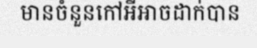
មានចំនួនកៅអីអាចដាក់បាន